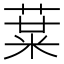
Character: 𱾁